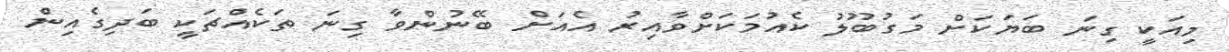
މިއަކީ ގިނަ ބަޔަކަށް މަގުބޫލު ކެއުމަކަށްވާއިރު އެއަށް ބޭނުންވާ ގިނަ ތަކެއްޗަކީ ބަދިގެއިން